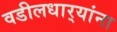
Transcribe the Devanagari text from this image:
वडीलधार्‍यांना